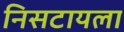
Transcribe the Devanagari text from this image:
निसटायला